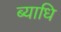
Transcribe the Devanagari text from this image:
ब्‍याधि